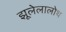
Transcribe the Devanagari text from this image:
झूलेलालोथ